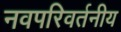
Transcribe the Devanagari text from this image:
नवपरिवर्तनीय